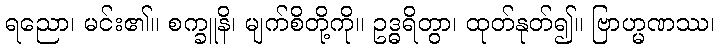
ရညော၊ မင်း၏။ စက္ခူနိ၊ မျက်စိတို့ကို။ ဥဒ္ဓရိတွာ၊ ထုတ်နုတ်၍။ ဗြာဟ္မဏဿ၊